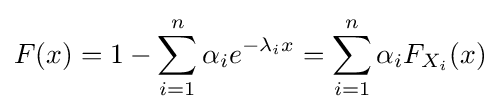
F(x)=1-\sum _{i=1}^{n}\alpha _{i}e^{-\lambda _{i}x}=\sum _{i=1}^{n}\alpha _{i}F_{X_{i}}(x)